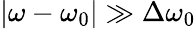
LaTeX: \left|\omega-\omega_{0}\right|\gg\Delta\omega_{0}